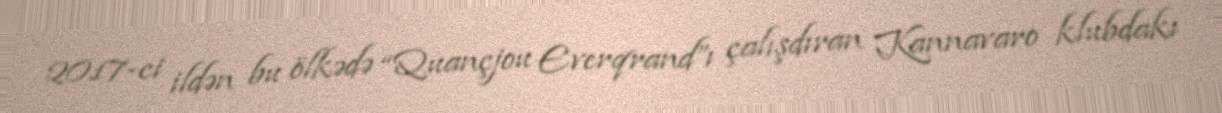
2017-ci ildən bu ölkədə “Quançjou Everqrand”ı çalışdıran Kannavaro klubdakı